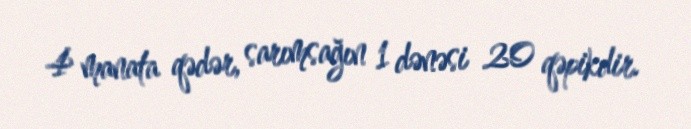
4 manata qədər, sarımsağın 1 dənəsi 20 qəpikdir.